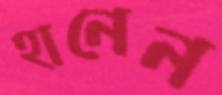
হানেন